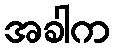
အခါက